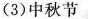
(3)中秋节